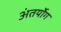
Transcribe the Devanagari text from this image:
अंतर्योग